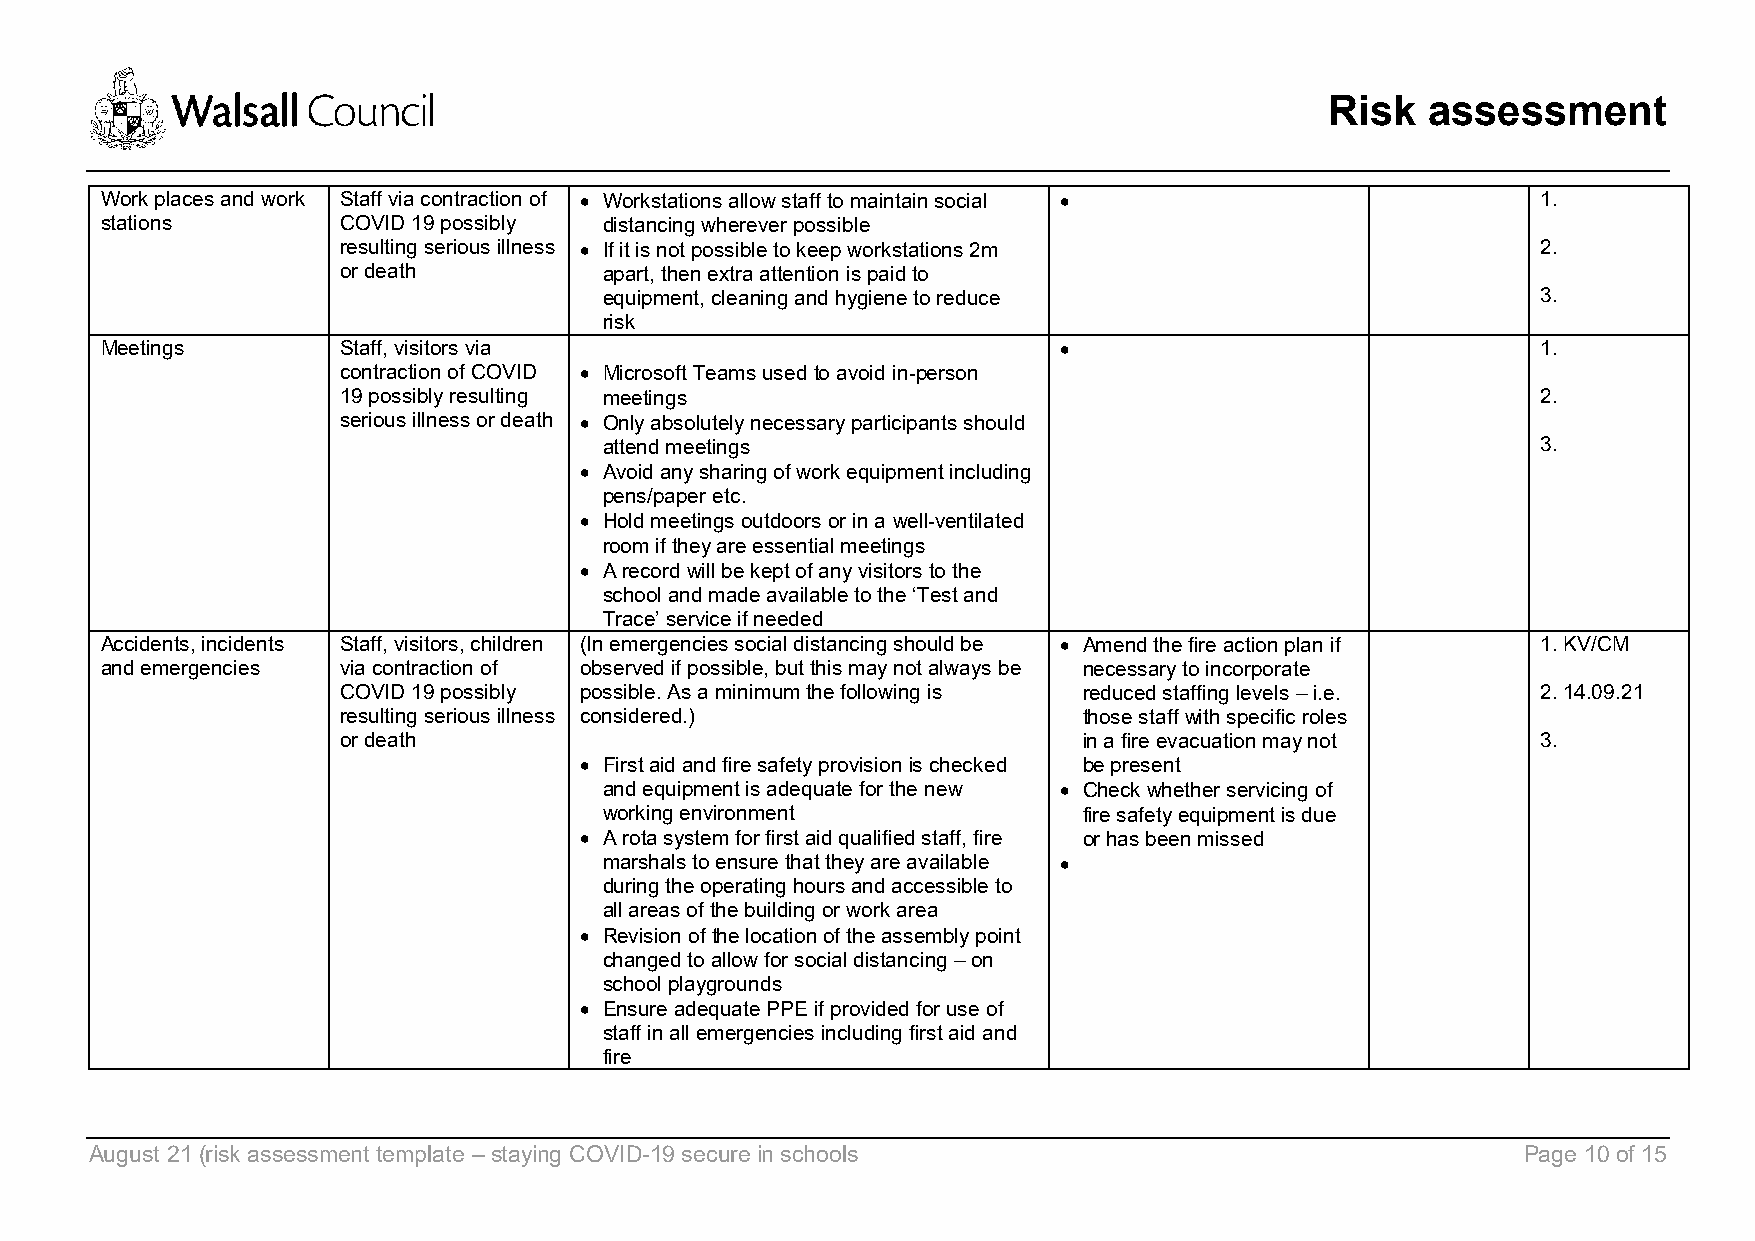
Risk  assessment
 Work places and work Staff via contraction of • Workstations allow staff to maintain social •  1.
 stations        COVID 19 possibly distancing wherever possible
 resulting serious illness • If it is not possible to keep workstations 2m      2.
 or death         apart, then extra attention is paid to
 equipment, cleaning and hygiene to reduce                     3.
 risk
 Meetings        Staff, visitors via                            •                               1.
 contraction of COVID • Microsoft Teams used to avoid in-person
 19 possibly resulting meetings                                                 2.
 serious illness or death • Only absolutely necessary participants should
 attend meetings                                               3.
 • Avoid any sharing of work equipment including
 pens/paper etc.
 • Hold meetings outdoors or in a well-ventilated
 room if they are essential meetings
 • A record will be kept of any visitors to the
 school and made available to the ‘Test and
 Trace’ service if needed
 Accidents, incidents Staff, visitors, children (In emergencies social distancing should be • Amend the fire action plan if 1. KV/CM
 and emergencies via contraction of observed if possible, but this may not always be necessary to incorporate
 COVID 19 possibly possible. As a minimum the following is reduced staffing levels – i.e. 2. 14.09.21
 resulting serious illness considered.)           those staff with specific roles
 or death                                         in a fire evacuation may not  3.
 • First aid and fire safety provision is checked be present
 and equipment is adequate for the new • Check whether servicing of
 working environment             fire safety equipment is due
 • A rota system for first aid qualified staff, fire or has been missed
 marshals to ensure that they are available •
 during the operating hours and accessible to
 all areas of the building or work area
 • Revision of the location of the assembly point
 changed to allow for social distancing – on
 school playgrounds
 • Ensure adequate PPE if provided for use of
 staff in all emergencies including first aid and
 fire
 August 21 (risk assessment template – staying COVID-19 secure in schools                       Page 10 of 15